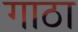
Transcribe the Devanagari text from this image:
गाठा